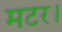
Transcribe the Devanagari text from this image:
मटर।